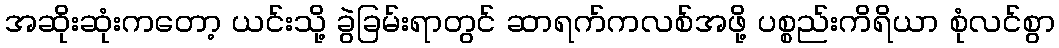
အဆိုးဆုံးကတော့ ယင်းသို့ ခွဲခြမ်းရာတွင် ဆာရက်ကလစ်အဖို့ ပစ္စည်းကိရိယာ စုံလင်စွာ